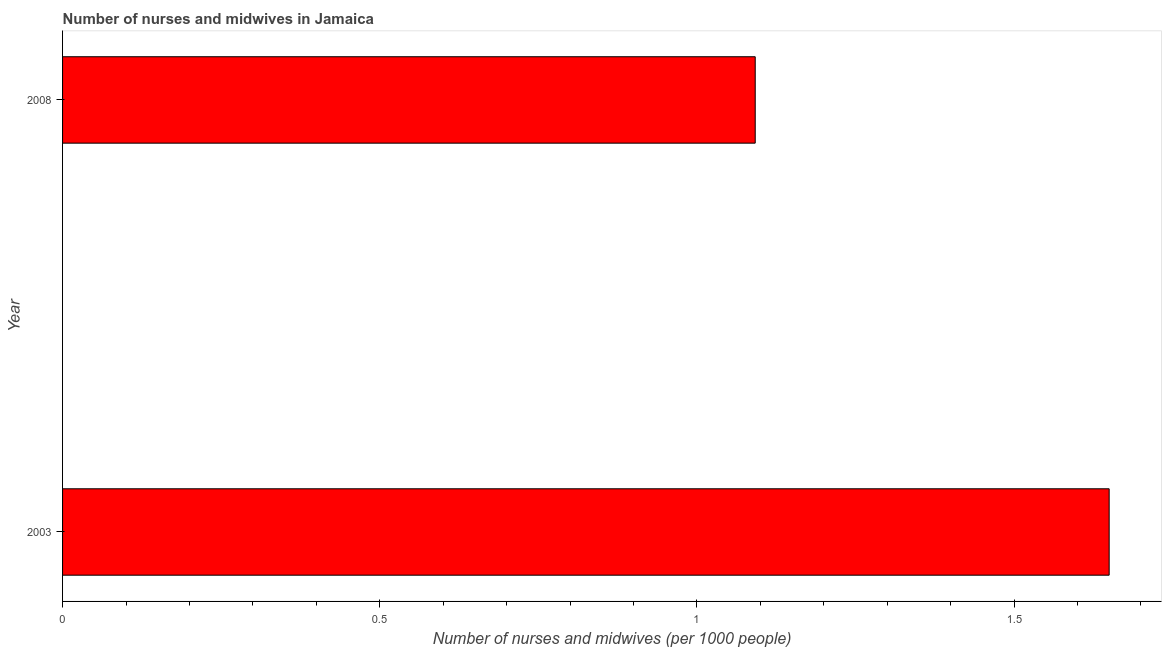
| Year | Nurses and midwives |
 | --- | --- |
 | 2003 | 1.65 |
 | 2008 | 1.09 |